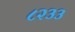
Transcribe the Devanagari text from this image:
८२३३